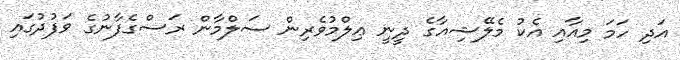
އަދި ހަމަ މިއާއި އެކު މެލޭޝިއާގެ ދީނީ ޢިލްމުވެރިން ސަލްމާން ރަސްގެފާނުގެ ވަފުދުގައި